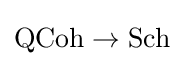
{\textrm {QCoh}}\to {\textrm {Sch}}